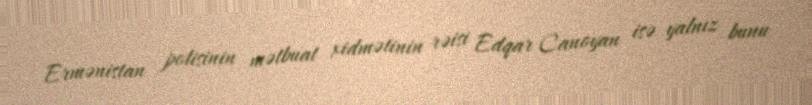
Ermənistan polisinin mətbuat xidmətinin rəisi Edqar Canoyan isə yalnız bunu